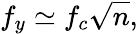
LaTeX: f_{y}\simeq f_{c}\sqrt{n},